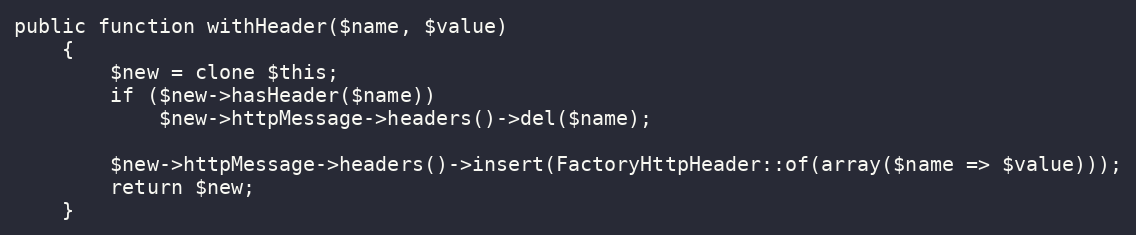
Language: PHP
public function withHeader($name, $value)
    {
        $new = clone $this;
        if ($new->hasHeader($name))
            $new->httpMessage->headers()->del($name);

        $new->httpMessage->headers()->insert(FactoryHttpHeader::of(array($name => $value)));
        return $new;
    }